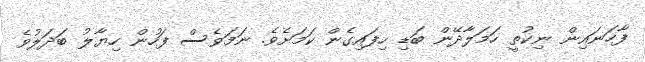
ފާހަނައިން ނިކުތީ ހަމަލާދޭން ބަޑި ހިފައިގެން ކަމަށެވެ. ނަމަވެސް ފަހުން ހިޔާލު ބަދަލުވެ